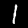
Label: 1